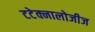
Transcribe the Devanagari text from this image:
टटेक्नालोजीज